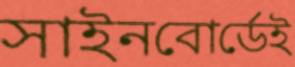
সাইনবোর্ডেই